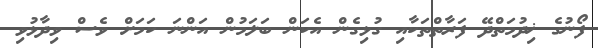
ފޯނުގެ ޚިދުމަތްދޭ ފަރާތްތަކާއި ގުޅިގެން އެކަން ބަލަމުން އަންނަ ކަމަށް ވެސް ވިދާޅުވި